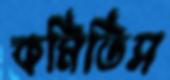
কমিতিস